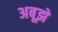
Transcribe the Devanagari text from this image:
अबूझे